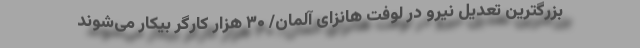
بزرگترین تعدیل نیرو در لوفت هانزای آلمان/ ۳۰ هزار کارگر بیکار می‌شوند